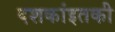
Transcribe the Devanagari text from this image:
दशकांइतकी